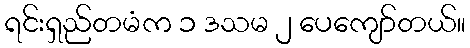
ရင်းရှည်တမံက ၁ ဒသမ ၂ ပေကျော်တယ်။